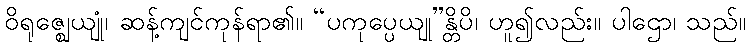
ဝိရုဇ္ဈေယျုံ၊ ဆန့်ကျင်ကုန်ရာ၏။ “ပကုပ္ပေယျု”န္တိပိ၊ ဟူ၍လည်း။ ပါဌော၊ သည်။